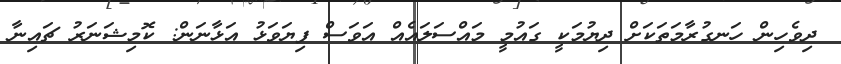
ދިވެހިން ހަނގުރާމަތަކަށް ދިޔުމަކީ ގައުމީ މައްސަލައެއް އަވަސް ފިޔަވަޅު އަޅާނަން: ކޮމިޝަނަރު ޗައިނާ